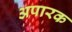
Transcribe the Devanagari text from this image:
अपारक